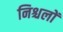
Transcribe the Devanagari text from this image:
निश्चलों